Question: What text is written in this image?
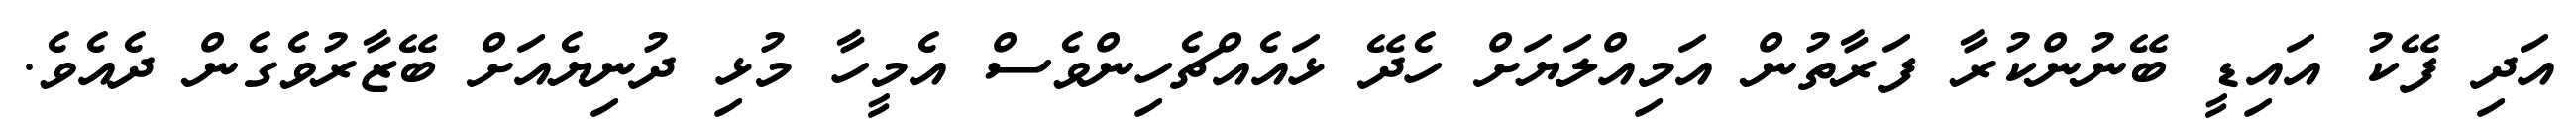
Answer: އަދި ފޭކު އައިޑީ ބޭނުންކުރާ ފަރާތުން އަމިއްލަޔަށް ހެދޭ ޅައެއްޗެހިންވެސް އެމީހާ މުޅި ދުނިޔެއަށް ބޭޒާރުވެގެން ދެއެވެ.